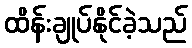
ထိန်းချုပ်နိုင်ခဲ့သည်